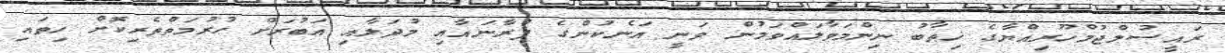
ރައީސުލްޖުމްހޫރިއްޔާގެ ޚިޠާބު ނިންމަވާލައްވަމުން ވަނީ އަނެކުންގެ ފުރާނައާއި މުދަލާއި އަބުރަށް ޙުރުމަތްތެރިކޮށް ހިތައި